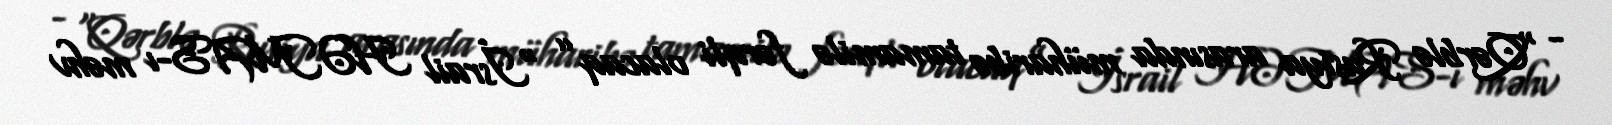
- “Qərblə Rusiya arasında müharibə tamamilə fərqli olacaq” “İsrail HƏMAS-ı məhv